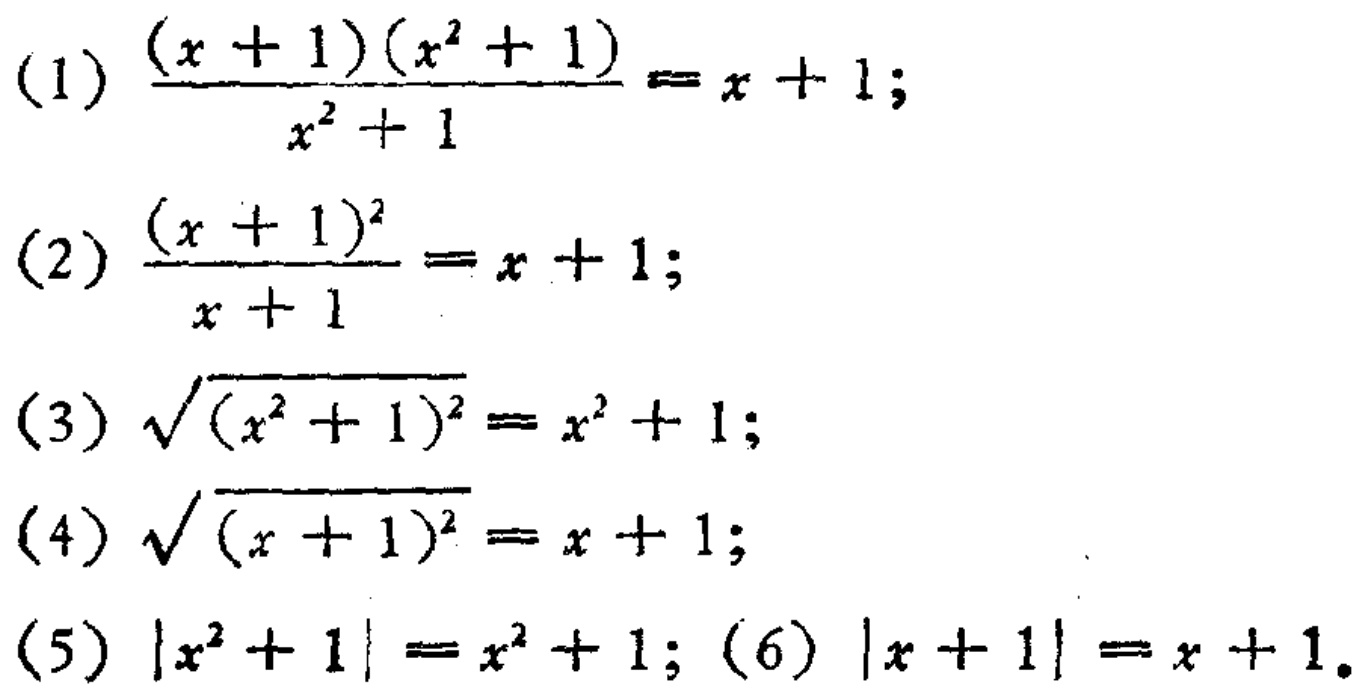
(1) \(\frac{(x + 1)(x^{2}+ 1)}{x^{2}+ 1}=x + 1\);

(2) \(\frac{(x + 1)^{2}}{x + 1}=x + 1\);

(3) \(\sqrt{(x^{2}+ 1)^{2}}=x^{2}+ 1\);

(4) \(\sqrt{(x + 1)^{2}}=x + 1\);

(5) \(|x^{2}+ 1|=x^{2}+ 1\); (6) \(|x + 1|=x + 1\).